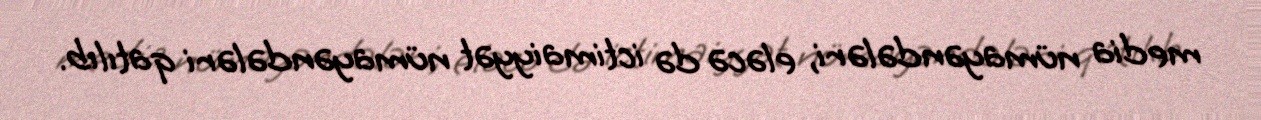
media nümayəndələri, eləcə də ictimaiyyət nümayəndələri qatılıb.